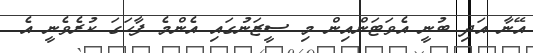
އޭނާ އަދި ބުނީ އެވަޓަންއިން މި ސީޒަނުގައި އެންމެ ފާހަގަ ކުރެވެނީ އެ